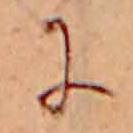
に